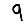
Digit: 9